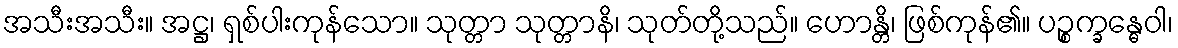
အသီးအသီး။ အဋ္ဌ၊ ရှစ်ပါးကုန်သော။ သုတ္တာ သုတ္တာနိ၊ သုတ်တို့သည်။ ဟောန္တိ၊ ဖြစ်ကုန်၏။ ပဉ္စက္ခန္ဓေဝါ၊